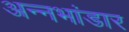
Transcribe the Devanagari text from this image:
अन्नभांडार